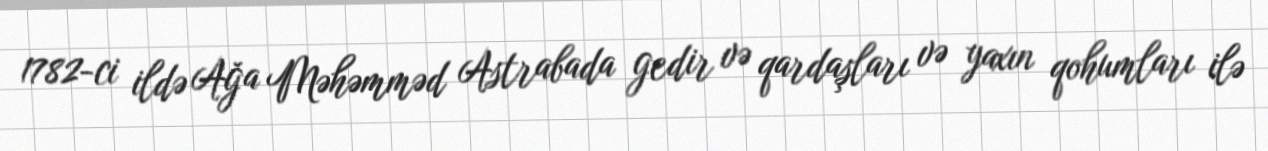
1782-ci ildə Ağa Məhəmməd Astrabada gedir və qardaşları və yaxın qohumları ilə